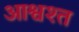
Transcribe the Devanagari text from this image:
आश्वश्त